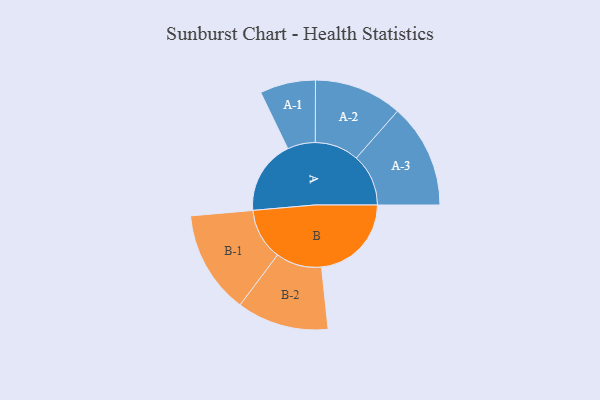
{"axis": {"x": "Segment", "y": "Value"}, "legend": ["", "A", "B"], "data": [{"x": "A", "y": 381, "type": ""}, {"x": "B", "y": 462, "type": ""}, {"x": "A-1", "y": 143, "type": "A"}, {"x": "A-2", "y": 226, "type": "A"}, {"x": "A-3", "y": 268, "type": "A"}, {"x": "B-1", "y": 265, "type": "B"}, {"x": "B-2", "y": 236, "type": "B"}]}